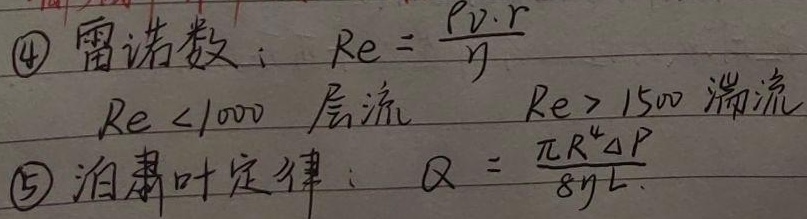
$\textcircled{4}$雷诺数：$Re=\frac{\rhov\cdotr}{\eta}$\\
$Re<1000$层流$\quadRe>1500$湍流\\
$\textcircled{5}$泊肃叶定律：$Q=\frac{\piR^{4}\DeltaP}{8\etaL}$